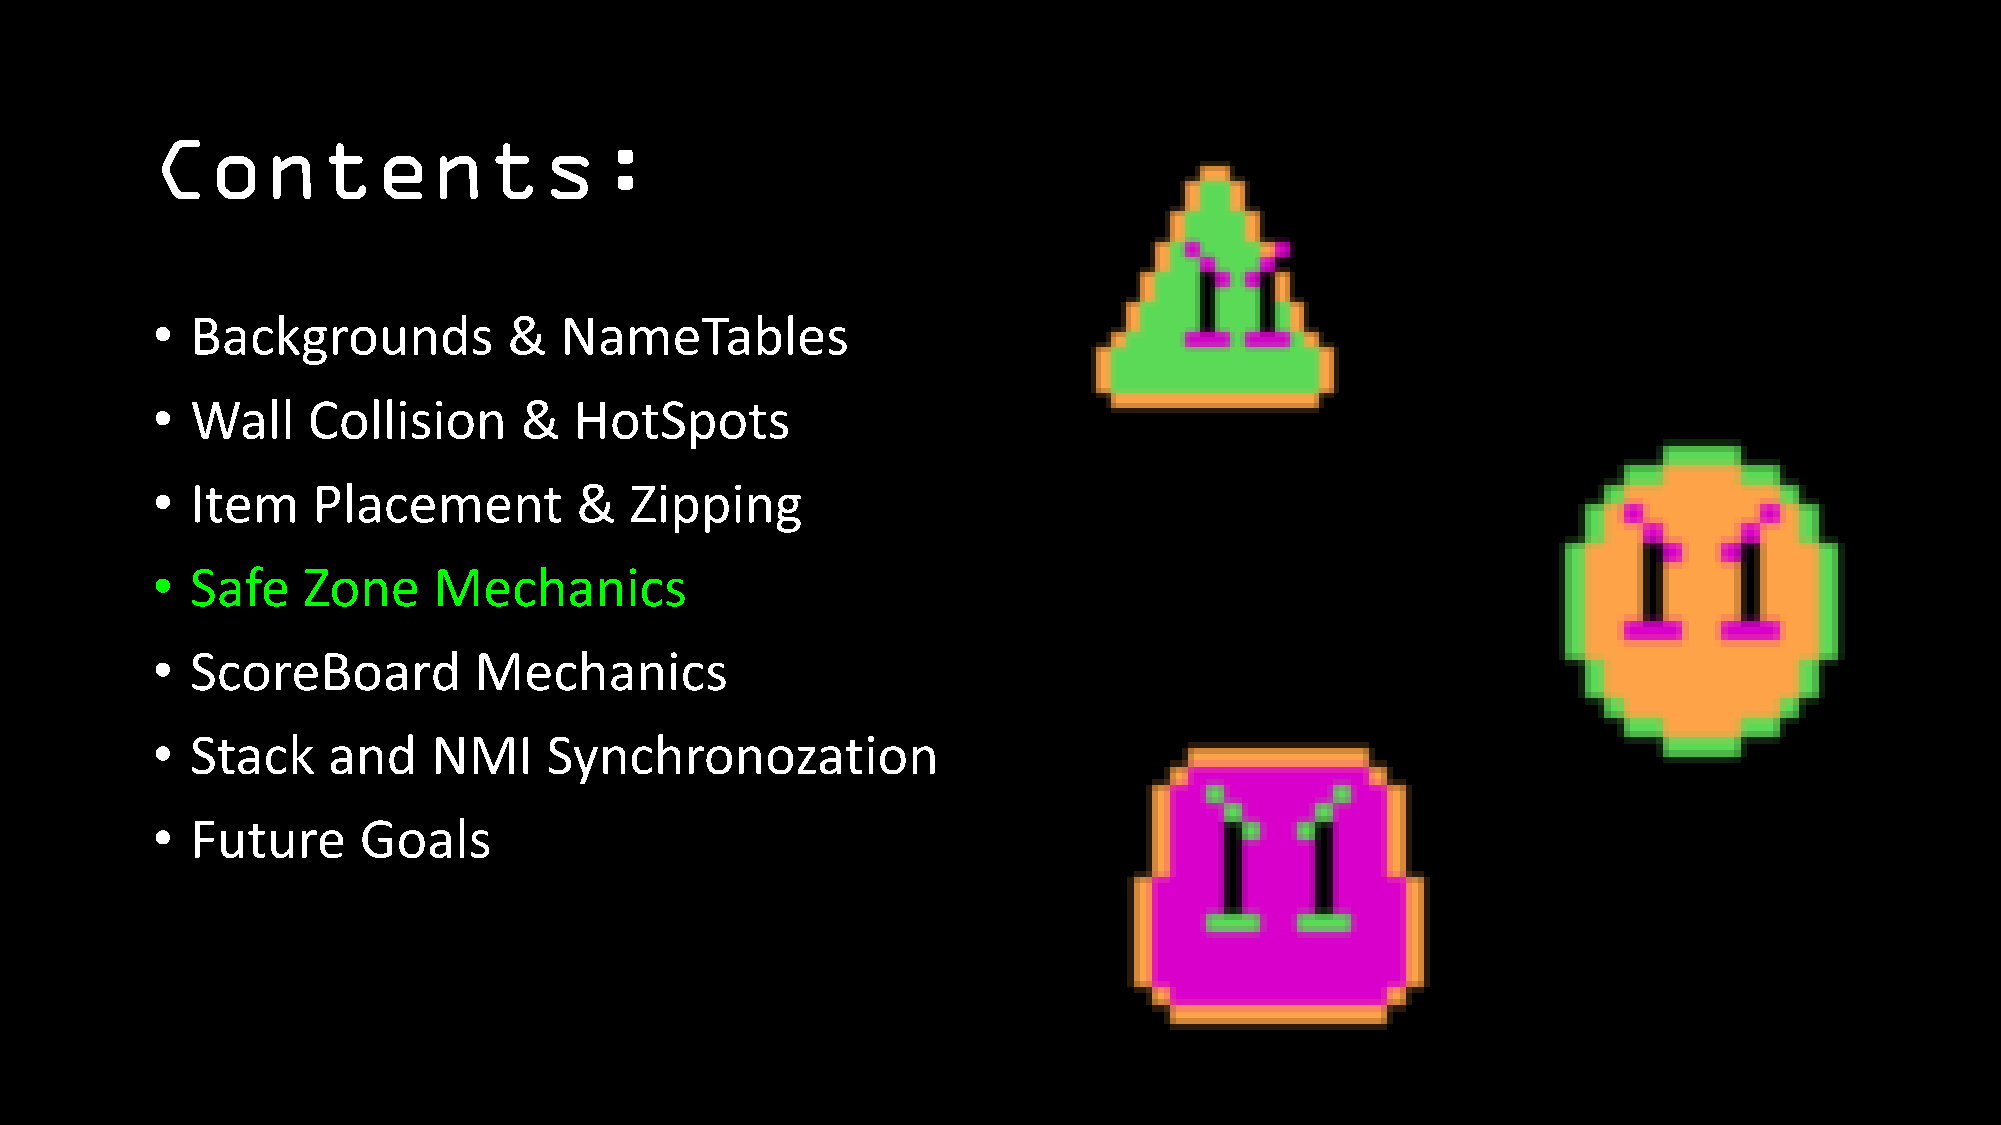
Contents:
 •  Backgrounds          &  NameTables
 •  Wall   Collision     &   HotSpots
 •  Item    Placement        &   Zipping
 •  Safe   Zone     Mechanics
 •  ScoreBoard        Mechanics
 •  Stack    and    NMI    Synchronozation
 •  Future     Goals